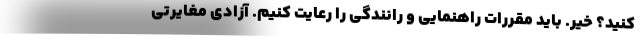
کنید؟ خیر. باید مقررات راهنمایی و رانندگی را رعایت کنیم. آزادی مغایرتی